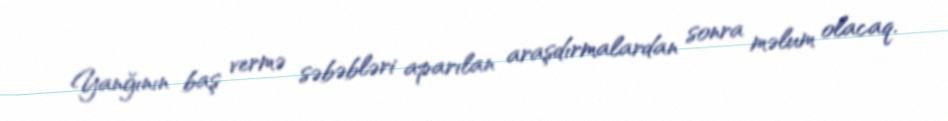
Yanğının baş vermə səbəbləri aparılan araşdırmalardan sonra məlum olacaq.